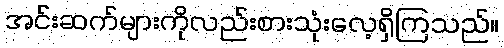
အင်းဆက်များကိုလည်းစားသုံးလေ့ရှိကြသည်။